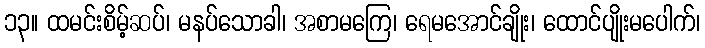
၁၃။ ထမင်းစိမ့်ဆပ်၊ မနပ်သောခါ၊ အစာမကြေ၊ ရေမအောင်ချိုး၊ ထောင်ပျိုးမပေါက်၊